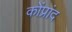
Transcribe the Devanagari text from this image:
कोंप्रांद